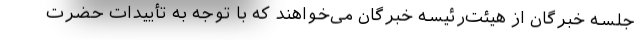
جلسه خبرگان از هیئت‌رئیسه خبرگان می‌خواهند که با توجه به تأییدات حضرت